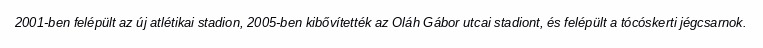
2001-ben felépült az új atlétikai stadion, 2005-ben kibővítették az Oláh Gábor utcai stadiont, és felépült a tócóskerti jégcsarnok.